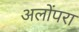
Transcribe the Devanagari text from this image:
अलोंपरा